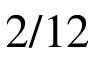
2 / 1 2